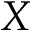
X